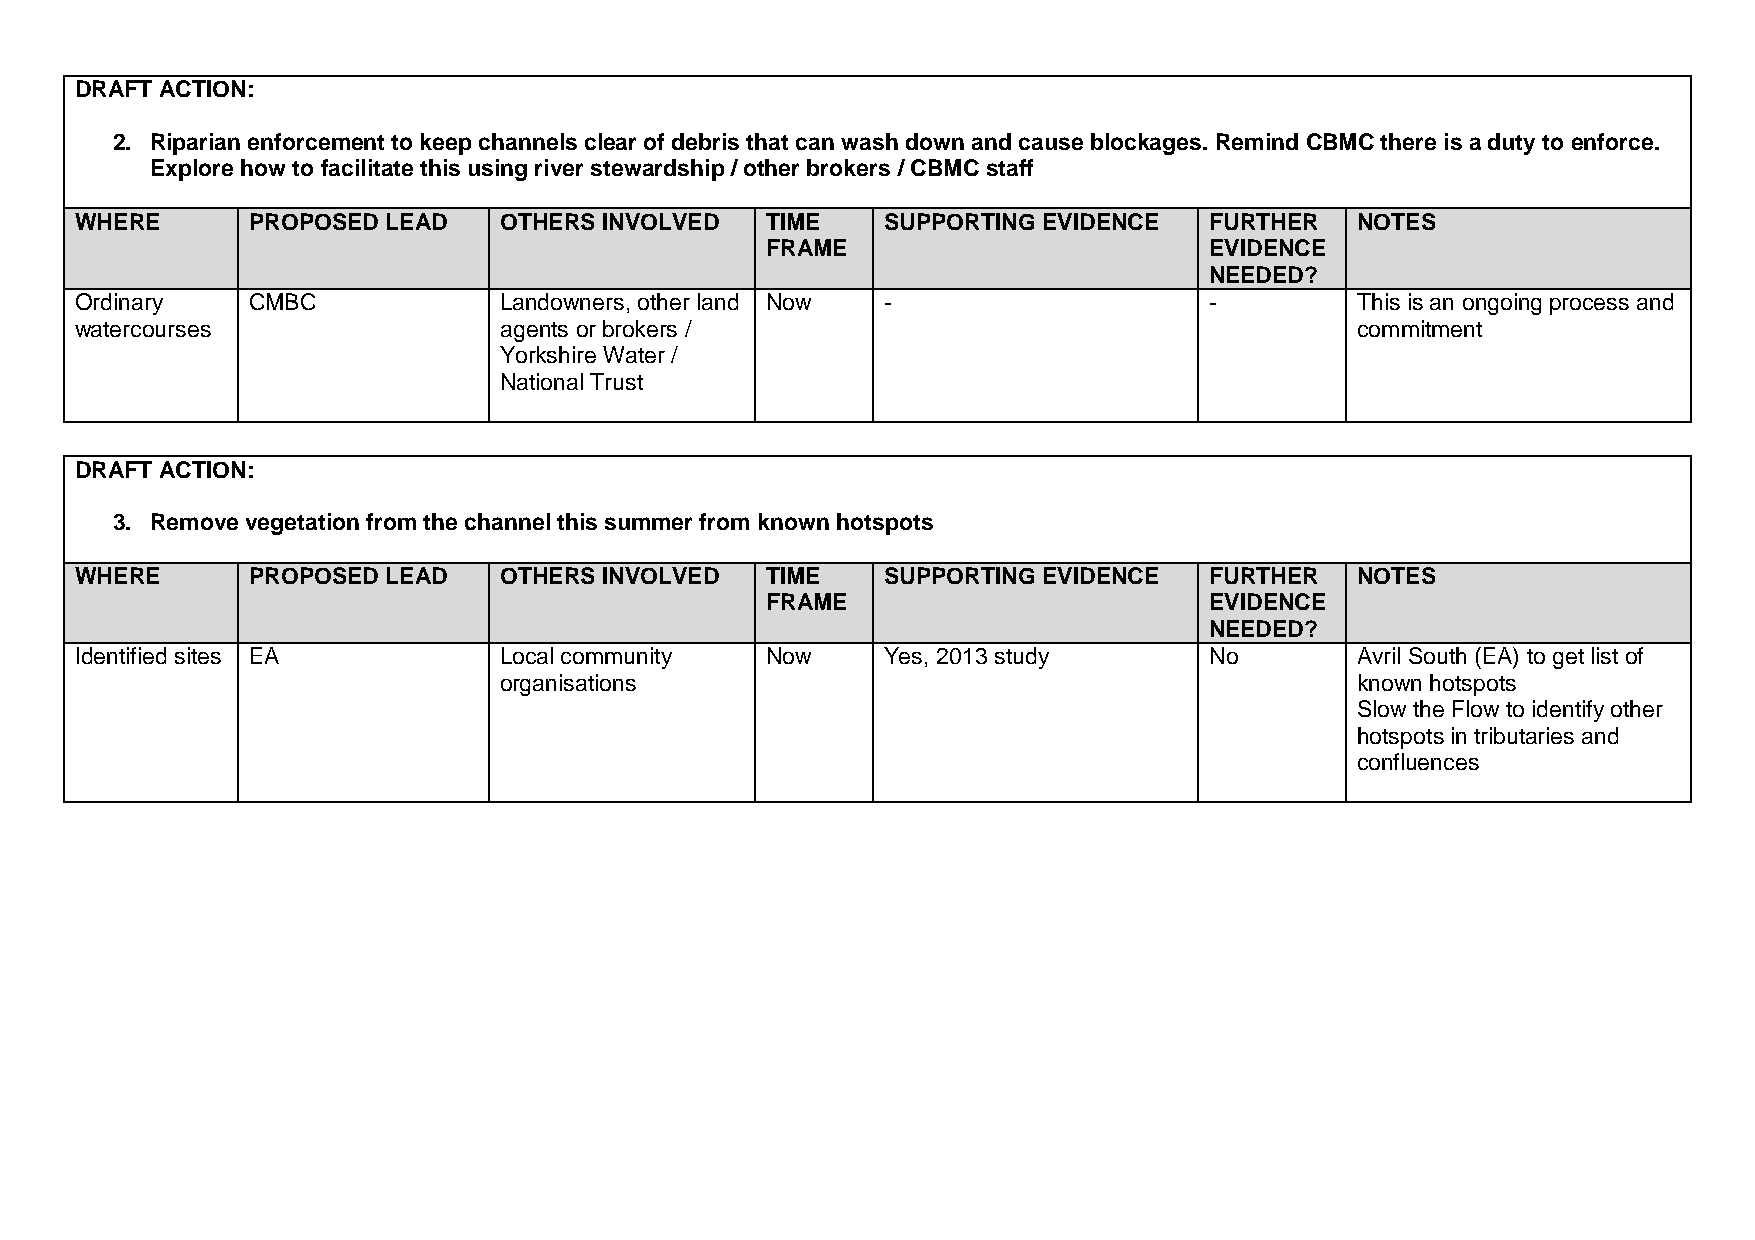
DRAFT ACTION:
 2. Riparian enforcement to keep channels clear of debris that can wash down and cause blockages. Remind CBMC there is a duty to enforce.
 Explore how to facilitate this using river stewardship / other brokers / CBMC staff
 WHERE      PROPOSED  LEAD   OTHERS INVOLVED   TIME    SUPPORTING EVIDENCE  FURTHER   NOTES
 FRAME                        EVIDENCE
 NEEDED?
 Ordinary   CMBC             Landowners, other land Now -                   -         This is an ongoing process and
 watercourses                agents or brokers /                                      commitment
 Yorkshire Water /
 National Trust
 DRAFT ACTION:
 3. Remove vegetation from the channel this summer from known hotspots
 WHERE      PROPOSED  LEAD   OTHERS INVOLVED   TIME    SUPPORTING EVIDENCE  FURTHER   NOTES
 FRAME                        EVIDENCE
 NEEDED?
 Identified sites EA         Local community   Now     Yes, 2013 study      No        Avril South (EA) to get list of
 organisations                                            known hotspots
 Slow the Flow to identify other
 hotspots in tributaries and
 confluences